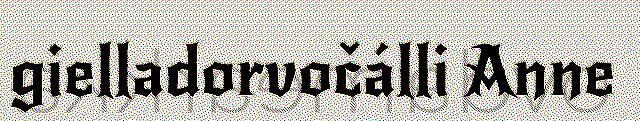
gielladorvočálli Anne